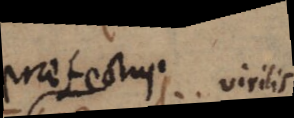
pratestus virilis